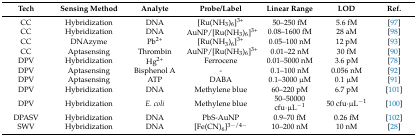
<table><thead><tr><td><b>Tech</b></td><td><b>Sensing Method</b></td><td><b>Analyte</b></td><td><b>Probe/Label</b></td><td><b>Linear Range</b></td><td><b>LOD</b></td><td><b>Ref.</b></td></tr></thead><tbody><tr><td>CC</td><td>Hybridization</td><td>DNA</td><td>[Ru(NH<sub>3</sub>)<sub>6</sub>]<sup>3+</sup></td><td>50–250 fM</td><td>5.6 fM</td><td>[97]</td></tr><tr><td>CC</td><td>Hybridization</td><td>DNA</td><td>AuNP/[Ru(NH<sub>3</sub>)<sub>6</sub>]<sup>3+</sup></td><td>0.08–1600 fM</td><td>28 aM</td><td>[98]</td></tr><tr><td>CC</td><td>DNAzyme</td><td>Pb<sup>2+</sup></td><td>[Ru(NH<sub>3</sub>)<sub>6</sub>]<sup>3+</sup></td><td>0.05–100 nM</td><td>12 pM</td><td>[93]</td></tr><tr><td>CC</td><td>Aptasensing</td><td>Thrombin</td><td>AuNP/[Ru(NH<sub>3</sub>)<sub>6</sub>]<sup>3+</sup></td><td>0.01–22 nM</td><td>30 fM</td><td>[90]</td></tr><tr><td>DPV</td><td>Hybridization</td><td>Hg<sup>2+</sup></td><td>Ferrocene</td><td>0.01–5000 nM</td><td>3.6 pM</td><td>[78]</td></tr><tr><td>DPV</td><td>Aptasensing</td><td>Bisphenol A</td><td>-</td><td>0.1–100 nM</td><td>0.056 nM</td><td>[92]</td></tr><tr><td>DPV</td><td>Aptasensing</td><td>ATP</td><td>DABA</td><td>0.1–3000 μM</td><td>0.1 μM</td><td>[91]</td></tr><tr><td>DPV</td><td>Hybridization</td><td>DNA</td><td>Methylene blue</td><td>60–220 pM</td><td>6.7 pM</td><td>[101]</td></tr><tr><td>DPV</td><td>Hybridization</td><td><i>E. coli</i></td><td>Methylene blue</td><td>50–50000 cfu·μL<sup>−1</sup></td><td>50 cfu·μL<sup>−1</sup></td><td>[100]</td></tr><tr><td>DPASV</td><td>Hybridization</td><td>DNA</td><td>PbS-AuNP</td><td>0.9–70 fM</td><td>0.26 fM</td><td>[102]</td></tr><tr><td>SWV</td><td>Hybridization</td><td>DNA</td><td>[Fe(CN)<sub>6</sub>]<sup>3−/4−</sup></td><td>10–200 nM</td><td>10 nM</td><td>[28]</td></tr></tbody></table>